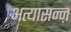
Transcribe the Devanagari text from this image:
अत्यासन्ऩ